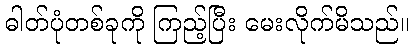
ဓါတ်ပုံတစ်ခုကို ကြည့်ပြီး မေးလိုက်မိသည်။